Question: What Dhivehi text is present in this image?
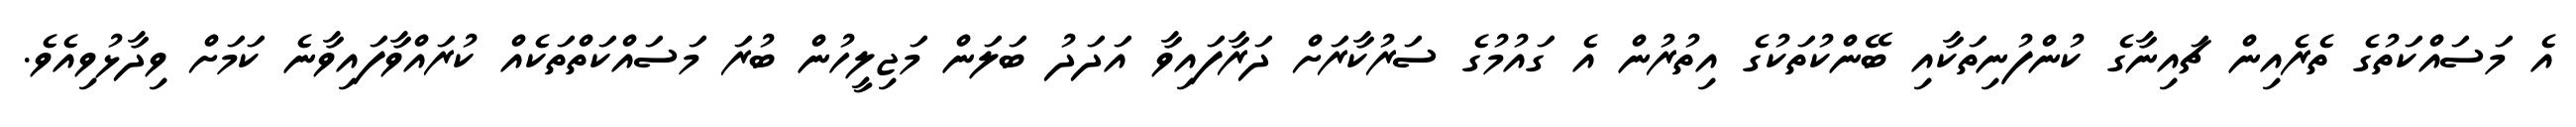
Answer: އެ މަސައްކަތުގެ ތެރެއިން ޗައިނާގެ ކުންފުނިތަކާއި ބޭންކުތަކުގެ އިތުރުން އެ ގައުމުގެ ސަރުކާރަށް ދަރާފައިވާ އަދަދު ބަލަން މަޖިލީހުން ބުރަ މަސައްކަތްތަކެއް ކުރައްވާފައިވާނެ ކަމަށް ވިދާޅުވިއެވެ.